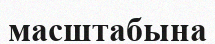
масштабына